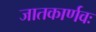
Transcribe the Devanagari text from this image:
जातकार्णवः